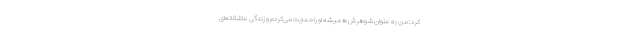
کرد: من به عنوان شوهرش همیشه او را حمایت می‌کردم و زندگی عاشقانه‌ای